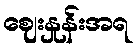
ဈေးနှုန်းအရ